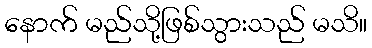
နောက် မည်သို့ဖြစ်သွားသည် မသိ။